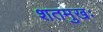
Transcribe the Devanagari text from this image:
शतमुखः